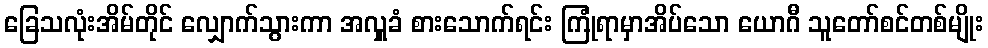
ခြေသလုံးအိမ်တိုင် လျှောက်သွားကာ အလှူခံ စားသောက်ရင်း ကြုံရာမှာအိပ်သော ယောဂီ သူတော်စင်တစ်မျိုး